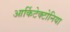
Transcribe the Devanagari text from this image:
आर्किटेक्टोनिया